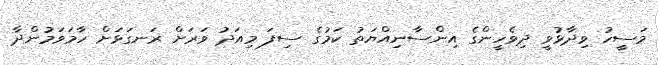
މަސީހު ވިދާޅުވީ ދިވެހީންގެ އިންސާނިއްޔަތު ކަމުގެ ސިފަ މިއަދު ވަރަށް ރަނގަޅަށް ހާމަވަމުންދާ